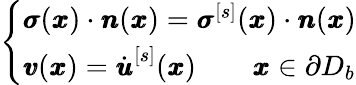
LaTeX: \left\{ \begin{array}{ll}{{\pmb\sigma}({\pmb x})\cdot{\pmb n}({\pmb x})={\pmb\sigma}^{[s]}({\pmb x})\cdot{\pmb n}({\pmb x})}\\ {{\pmb v}({\pmb x})=\dot{\pmb u}^{[s]}({\pmb x})\qquad{\pmb x}\in\partial D_{b}}\end{array}\right.